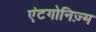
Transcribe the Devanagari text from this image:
एंटगोनिज़्म